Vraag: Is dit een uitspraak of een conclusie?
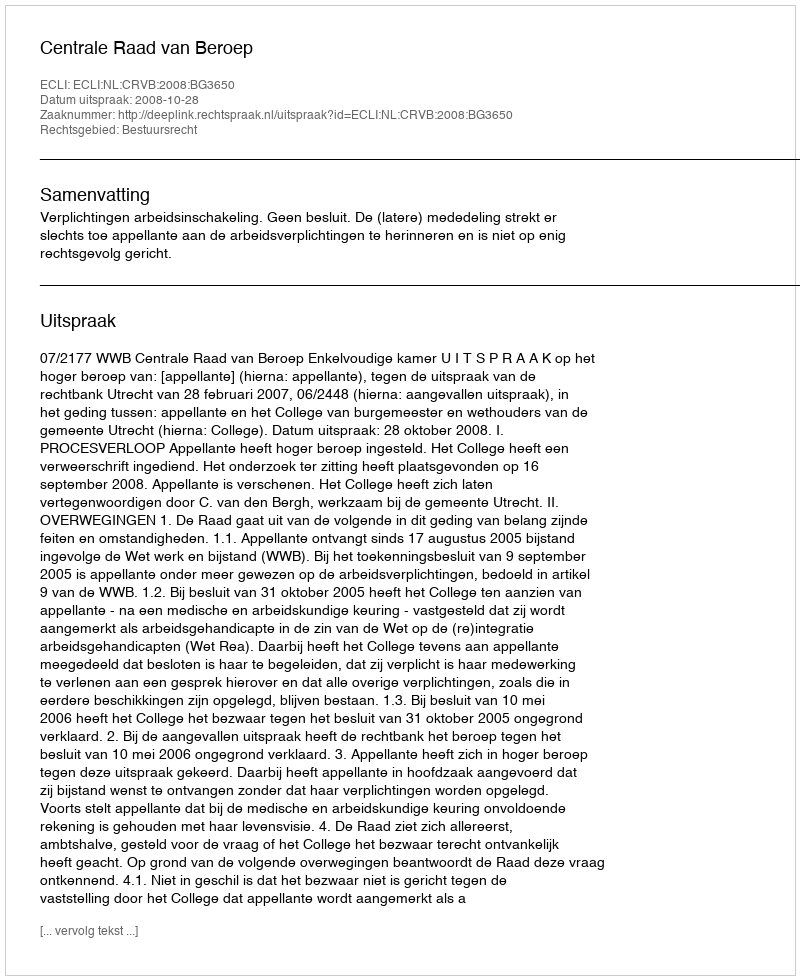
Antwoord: Uitspraak